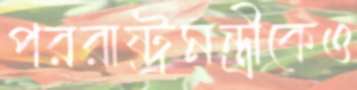
পররাষ্ট্রমন্ত্রীকেও